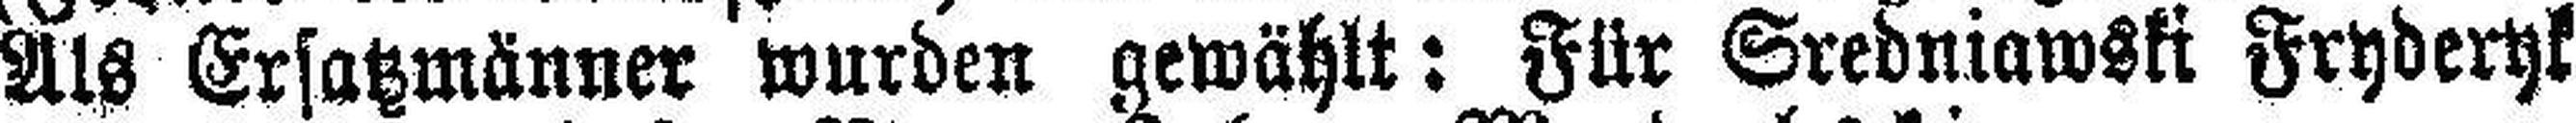
Als Ersatzmänner wurden gewählt: Für Sredniawski Fryderyk